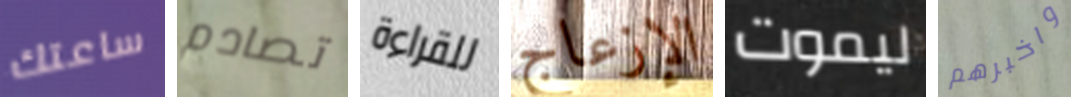
ساعتك تصادم للقراءة الإزعاج ليموت واخبرهم